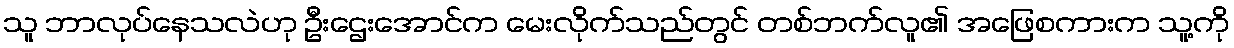
သူ ဘာလုပ်နေသလဲဟု ဦးဌေးအောင်က မေးလိုက်သည်တွင် တစ်ဘက်လူ၏ အဖြေစကားက သူ့ကို